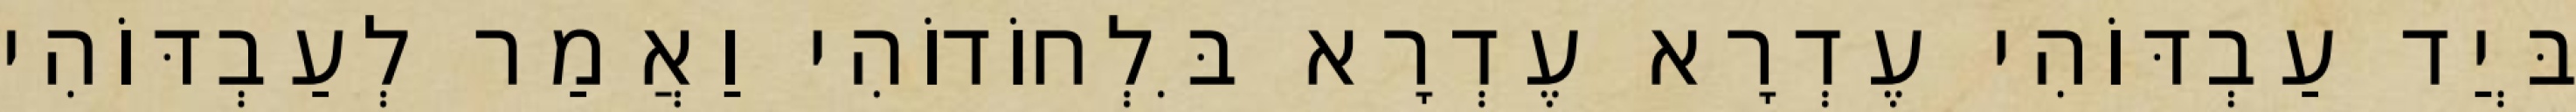
בְּיַד עַבְדּוֹהִי עֶדְרָא עֶדְרָא בִּלְחוֹדוֹהִי וַאֲמַר לְעַבְדּוֹהִי